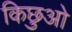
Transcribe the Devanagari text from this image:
किछुओ